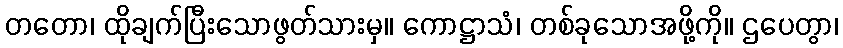
တတော၊ ထိုချက်ပြီးသောဖွတ်သားမှ။ ကောဋ္ဌာသံ၊ တစ်ခုသောအဖို့ကို။ ဌပေတွာ၊